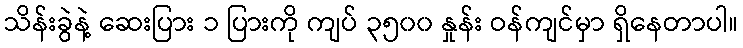
သိန်းခွဲနဲ့ ဆေးပြား ၁ ပြားကို ကျပ် ၃၅၀၀ နှုန်း ဝန်ကျင်မှာ ရှိနေတာပါ။